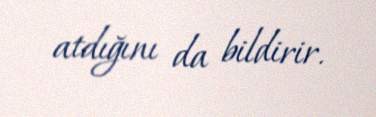
atdığını da bildirir.